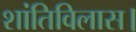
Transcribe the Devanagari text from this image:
शांतिविलास।